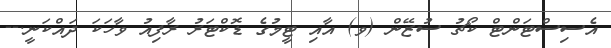
އެސިސްޓަންޓް ކޯޗު ސުޒޭން (ވ) އާއި ޓީމުގެ ޑޮކްޓަރު ރާފިއު ވާހަަކަ ދައްކަނީ.--